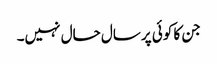
جن کا کوئی پرسال حال نہیں۔